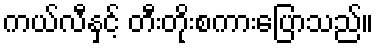
ကယ်လီနှင့် တီးတိုးစကားပြောသည်။